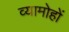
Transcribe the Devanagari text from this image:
व्यामोहों